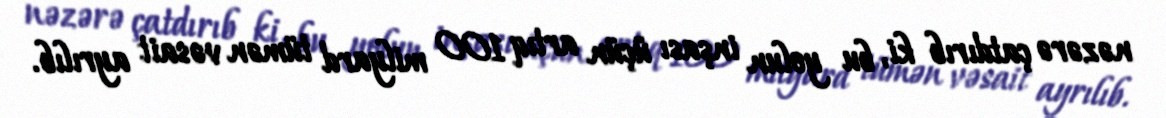
nəzərə çatdırıb ki, bu yolun inşası üçün artıq 100 milyard tümən vəsait ayrılıb.